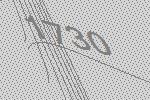
1730